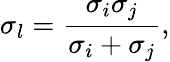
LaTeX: \sigma_{l}=\frac{\sigma_{i}\sigma_{j}}{\sigma_{i}+\sigma_{j}},